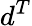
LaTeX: d^{T}